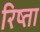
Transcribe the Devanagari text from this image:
रिष्ता